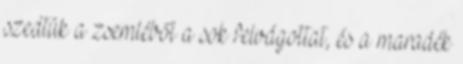
szedtük a zsemléből a sok felvágottat, és a maradék